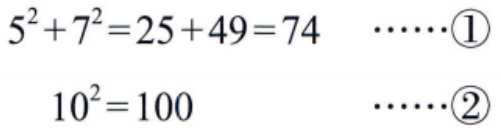
\[
\begin{align*}
5^{2}+7^{2}&=25 + 49=74\quad\cdots\cdots\textcircled{1}\\
10^{2}&=100\quad\cdots\cdots\textcircled{2}
\end{align*}
\]